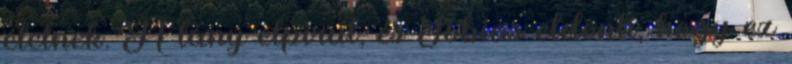
ételnek. A lány elpirul, és Tobias eldönti, hogy ez